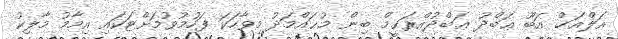
އަލްއަޚް އަބޫ ޢަބްދު ޢަބްދުއްރަޙީމް ބިން މުޙައްމަދު މިވާހަކަ ފަހުމުވުމަށްޓަކައި އިމާމު މާލިކު